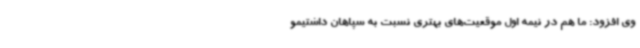
وی افزود: ما هم در نیمه اول موقعیت‌های بهتری نسبت به سپاهان داشتیمو